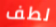
لطف